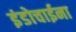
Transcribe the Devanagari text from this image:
इंडोचाईना